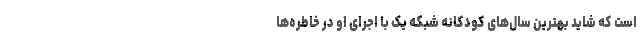
است که شاید بهترین سال‌های کودکانه شبکه یک با اجرای او در خاطره‌ها